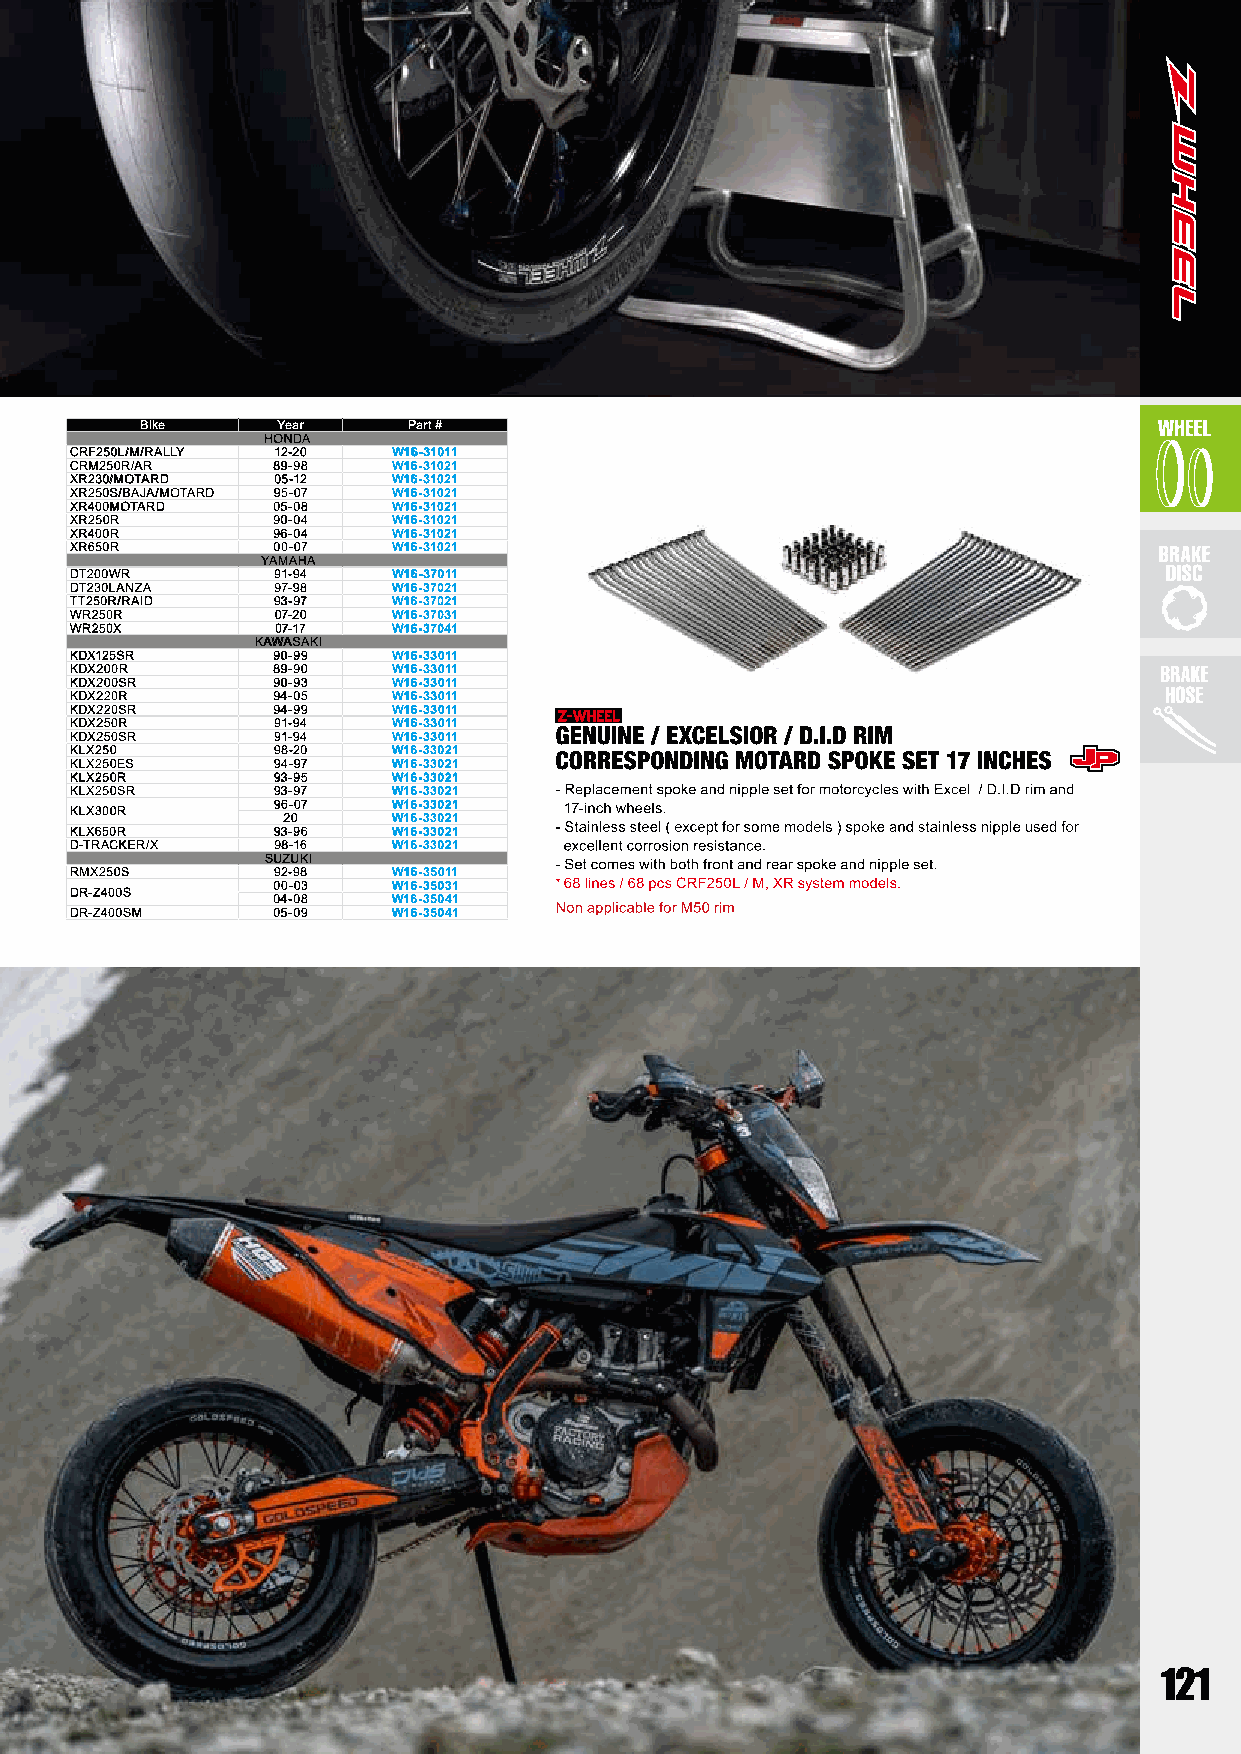
Bike     Year     Part #
 HONDA
 CRF250L/M/RALLY 12-20 W16-31011
 CRM250R/AR   89-98   W16-31021
 XR230/MOTARD 05-12   W16-31021
 XR250S/BAJA/MOTARD 95-07 W16-31021
 XR400MOTARD  05-08   W16-31021
 XR250R       90-04   W16-31021
 XR400R       96-04   W16-31021
 XR650R       00-07   W16-31021
 YAMAHA
 DT200WR      91-94   W16-37011
 DT230LANZA   97-98   W16-37021
 TT250R/RAID  93-97   W16-37021
 WR250R       07-20   W16-37031
 WR250X       07-17   W16-37041
 KAWASAKI
 KDX125SR     90-99   W16-33011
 KDX200R      89-90   W16-33011
 KDX200SR     90-93   W16-33011
 KDX220R      94-05   W16-33011
 KDX220SR     94-99   W16-33011
 KDX250R      91-94   W16-33011
 KDX250SR     91-94   W16-33011
 KLX250       98-20   W16-33021
 KLX250ES     94-97   W16-33021
 KLX250R      93-95   W16-33021
 KLX250SR     93-97   W16-33021
 KLX300R      96-07   W16-33021
 20     W16-33021
 KLX650R      93-96   W16-33021
 D-TRACKER/X  98-16   W16-33021
 SUZUKI
 RMX250S      92-98   W16-35011
 DR-Z400S     00-03   W16-35031
 04-08   W16-35041
 DR-Z400SM    05-09   W16-35041